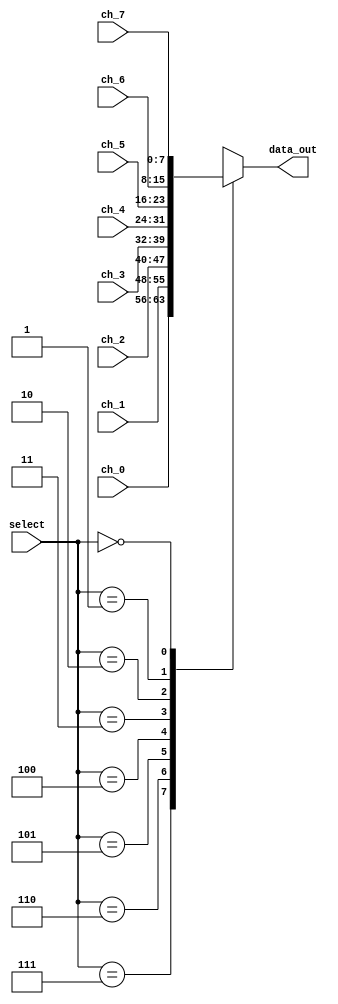
module Mux_8x1
(
//Input Signals
input wire [2:0] select,
input wire [7:0] ch_0,
input wire [7:0] ch_1,
input wire [7:0] ch_2,
input wire [7:0] ch_3,
input wire [7:0] ch_4,
input wire [7:0] ch_5,
input wire [7:0] ch_6,
input wire [7:0] ch_7,

//Output Signals
output reg [7:0] data_out
);

always @*
    begin
        case(select)
            3'b111: data_out = ch_0;
            3'b110: data_out = ch_1;
            3'b101: data_out = ch_2;
            3'b100: data_out = ch_3;
            3'b011: data_out = ch_4;
            3'b010: data_out = ch_5;
            3'b001: data_out = ch_6;
            3'b000: data_out = ch_7;
            default : data_out = ch_0;
        endcase
    end
endmodule